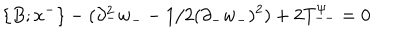
\{ B ; x ^ { - } \} - ( \partial _ { - } ^ { 2 } w _ { - } - 1 / 2 ( \partial _ { - } w _ { - } ) ^ { 2 } ) + 2 T _ { -- } ^ { \psi } = 0